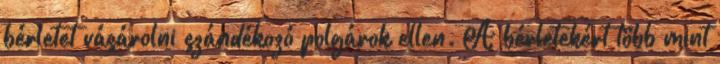
bérletet vásárolni szándékozó polgárok ellen. A bérletekért több mint